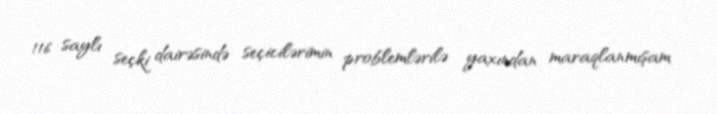
116 saylı seçki dairəsində seçicilərimin problemlərilə yaxından maraqlanmışam